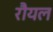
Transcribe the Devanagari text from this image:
रौयल